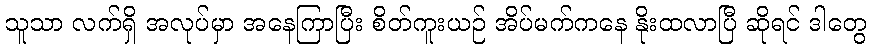
သူသာ လက်ရှိ အလုပ်မှာ အနေကြာပြီး စိတ်ကူးယဉ် အိပ်မက်ကနေ နိုးထလာပြီ ဆိုရင် ဒါတွေ